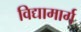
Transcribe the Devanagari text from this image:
विद्यामार्ग